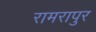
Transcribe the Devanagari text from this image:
रामरापुर